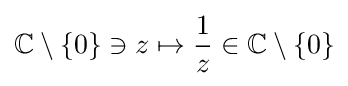
\mathbb {C} \setminus \{0\}\ni z\mapsto {\frac {1}{z}}\in \mathbb {C} \setminus \{0\}